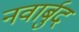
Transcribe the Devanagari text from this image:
नवार्बुद